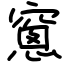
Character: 窻